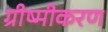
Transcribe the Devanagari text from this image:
ग्रीष्मीकरण